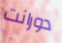
دورانت